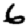
Digit: 6